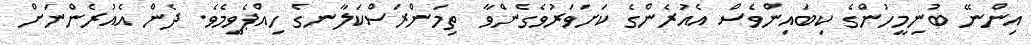
އިންނޭ ބުނިމީހުންގެ ކިބައިންވެސް އެއުރެންގެ ކަށަވަރުވެގެންވާ  ތިމަންރަސްކަލާނގެ ހިއްޕެވީމެވެ. ދެން އެއުރެންނަށް